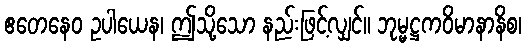
ဧတေနေဝ ဥပါယေန၊ ဤသို့သော နည်းဖြင့်လျှင်။ ဘုမ္မဋ္ဌကဝိမာနာနိစ၊